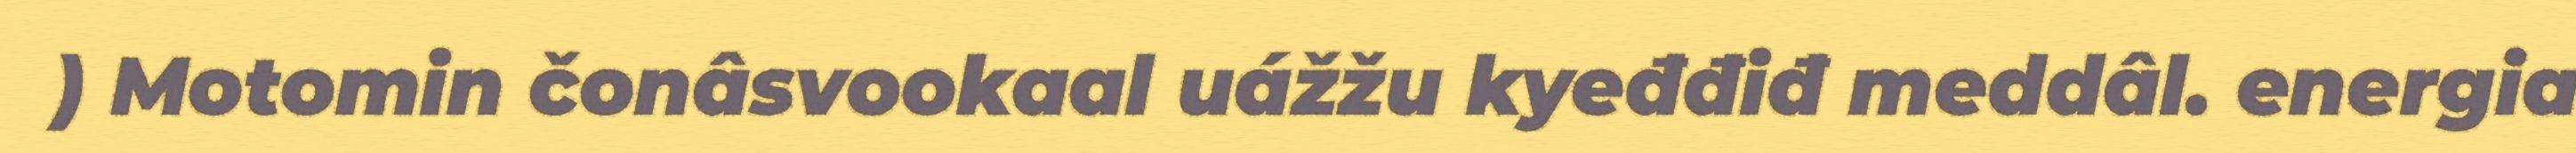
) Motomin čonâsvookaal uážžu kyeđđiđ meddâl. energia